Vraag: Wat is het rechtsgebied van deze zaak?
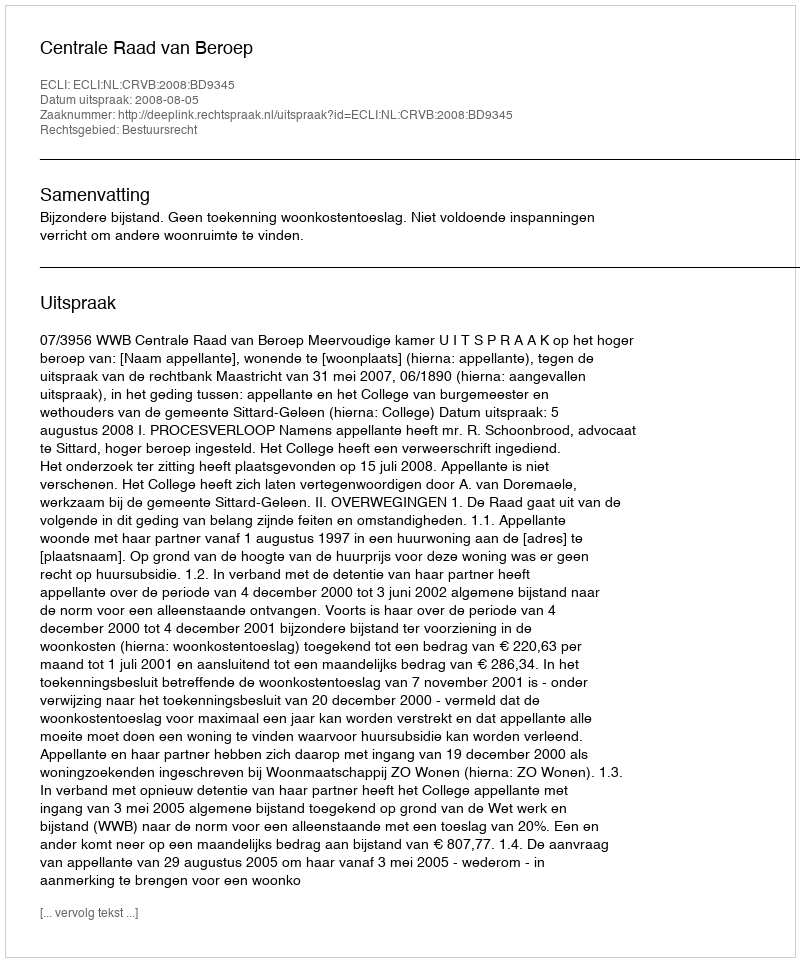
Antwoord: Bestuursrecht